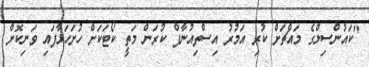
"ކައުންސިލްގެ މައްޗަށް ކުރި އަމުރު އިސްތިއުނާފް ކުރަން މަތީ ކޯޓަކަށް ހުށަހަޅާފައި ވަނިކޮށް